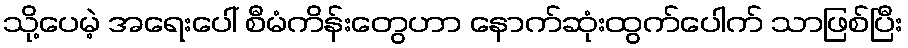
သို့ပေမဲ့ အရေးပေါ် စီမံကိန်းတွေဟာ နောက်ဆုံးထွက်ပေါက် သာဖြစ်ပြီး